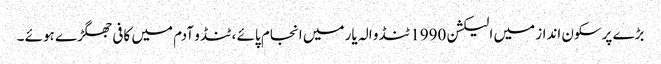
بڑے پرسکون انداز میں الیکشن 1990 ٹنڈو الہ یار میں انجام پائے ، ٹنڈو آدم میں کافی جھگڑے ہوئے ۔